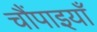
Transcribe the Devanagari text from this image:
चौंपाइयाँ